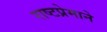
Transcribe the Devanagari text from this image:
राष्टप्रेमाने